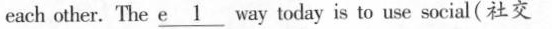
each other. The e \underline 1 way today is to use social(社交